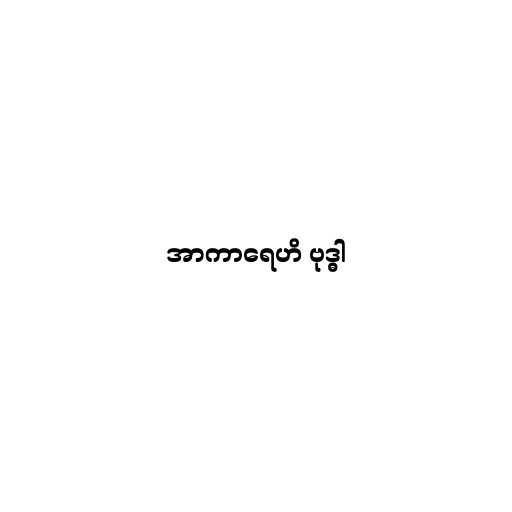
အာကာရေဟိ ဗုဒ္ဓါ